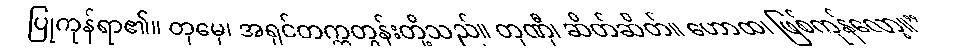
ပြုကုန်ရာ၏။ တုမှေ၊ အရှင်တက္ကတွန်းတို့သည်။ တုဏှီ၊ ဆိတ်ဆိတ်။ ဟောထ၊ ဖြစ်ကုန်လော့။”